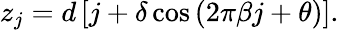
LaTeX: z_{j}=d\left[j+\delta\cos{(2\pi\beta j+\theta)}\right].